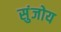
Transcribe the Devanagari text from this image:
सुंजोय